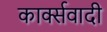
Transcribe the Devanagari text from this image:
कार्क्सवादी